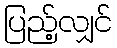
ပြည့်လျှင်